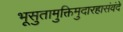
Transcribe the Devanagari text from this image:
भूसुतामुक्तिमुदारहासंवंदे